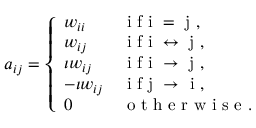
a _ { i j } = \left\{ \begin{array} { l l } { w _ { i i } } & { \mathrm { ~ i ~ f ~ i ~ = ~ j ~ } , } \\ { w _ { i j } } & { \mathrm { ~ i ~ f ~ i ~ \leftrightarrow ~ j ~ } , } \\ { \iota w _ { i j } } & { \mathrm { ~ i ~ f ~ i ~ \rightarrow ~ j ~ } , } \\ { - \iota w _ { i j } } & { \mathrm { ~ i ~ f ~ j ~ \rightarrow ~ i ~ } , } \\ { 0 } & { \mathrm { ~ o ~ t ~ h ~ e ~ r ~ w ~ i ~ s ~ e ~ } . } \end{array} \right.